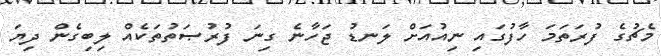
މެޗުގެ ފުރަތަމަ ހާފުގައި ނިއުއަށް ލަނޑު ޖަހާނެ ގިނަ ފުރުޞަތުތަކެއް ލިބިގެން ދިޔަ